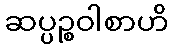
ဆပ္ပဉ္စဝါစာဟိ